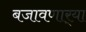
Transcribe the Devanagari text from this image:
बजावणार्‍या